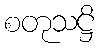
စတုသဋ္ဌိ